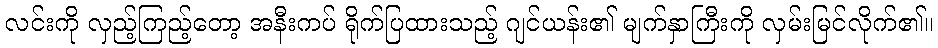
လင်းကို လှည့်ကြည့်တော့ အနီးကပ် ရိုက်ပြထားသည့် ဂျင်ယန်း၏ မျက်နှာကြီးကို လှမ်းမြင်လိုက်၏။